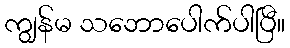
ကျွန်မ သဘောပေါက်ပါပြီ။